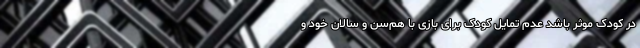
در کودک موثر باشد عدم تمایل کودک برای بازی با هم‌سن و سالان خود و